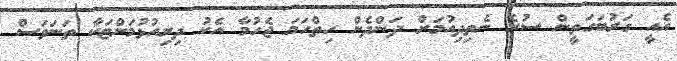
އެއީ ގަރުބަގަތީން ސުރެ ނެތިދިއުމަށް ދަންދެން ހިތްހަމަ ޖެހުމާ އެކު ދިރިއުޅުމަށްޓަކާ ތަނަވަސް